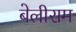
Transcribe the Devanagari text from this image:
बेलीराम